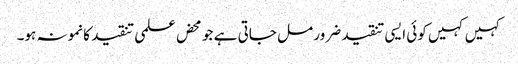
کہیں کہیں کوئی ایسی تنقید ضرور مل جاتی ہے جو محض علمی تنقید کا نمونہ ہو۔